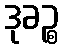
ဒုခဉ္စ